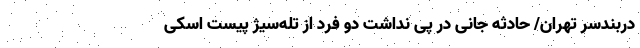
دربندسر تهران/ حادثه جانی در پی نداشت دو فرد از تله‌سیژ پیست اسکی